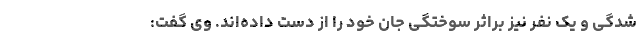
شدگی و یک نفر نیز براثر سوختگی جان خود را از دست داده‌اند. وی گفت: